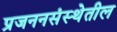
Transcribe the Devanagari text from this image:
प्रजननसंस्थेतील